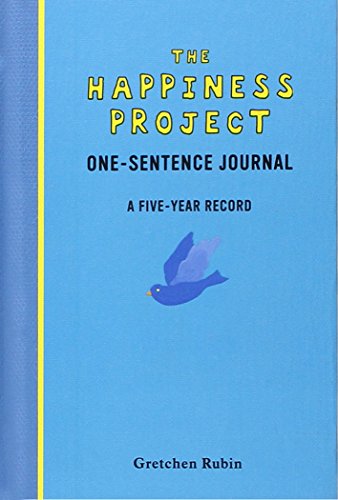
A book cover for The Happiness Project One-Sentence Journal: A Five-Year Record; Gretchen Rubin; Self-Help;